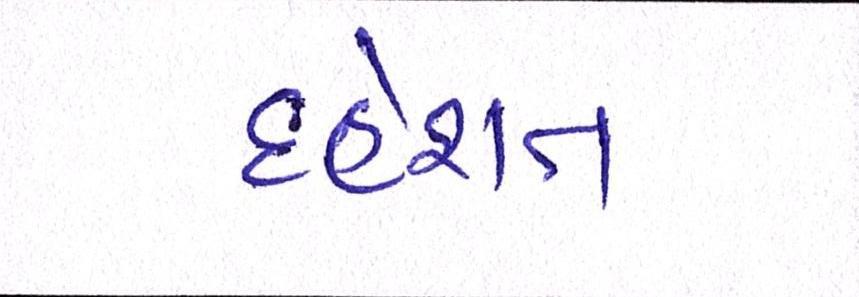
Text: દહેશત